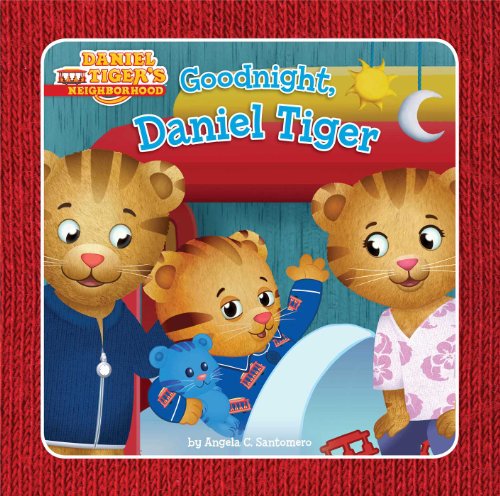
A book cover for Goodnight, Daniel Tiger (Daniel Tiger's Neighborhood); Angela C. Santomero; Children's Books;